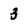
Character: 3